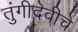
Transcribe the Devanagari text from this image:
तुंगीदेवीचे